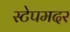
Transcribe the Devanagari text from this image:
स्टेपमदर